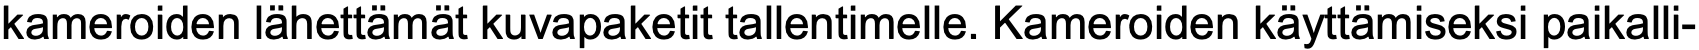
kameroiden lähettämät kuvapaketit tallentimelle. Kameroiden käyttämiseksi paikalli-